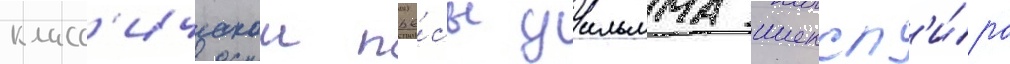
класс'ическои пье́сы уильяма шексп'и́ра